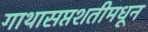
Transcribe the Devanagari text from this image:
गाथासप्तशतीमधून